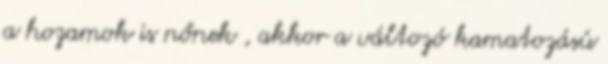
a hozamok is nőnek , akkor a változó kamatozású